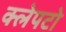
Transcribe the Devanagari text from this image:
क्लेपटो